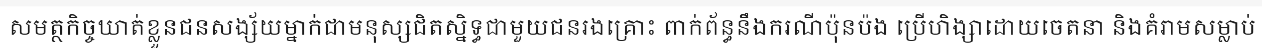
សមត្ថកិច្ចឃាត់ខ្លួនជនសង្ស័យម្នាក់ជាមនុស្សជិតស្និទ្ធជាមួយជនរងគ្រោះ ពាក់ព័ន្ធនឹងករណីប៉ុនប៉ង ប្រើហិង្សាដោយចេតនា និងគំរាមសម្លាប់